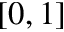
[ 0 , 1 ]